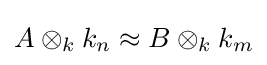
A\otimes _{k}k_{n}\approx B\otimes _{k}k_{m}